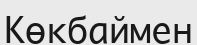
Көкбаймен